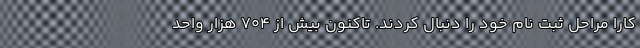
کارا مراحل ثبت نام خود را دنبال کردند. تاکنون بیش از ۷۰۴ هزار واحد